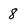
Character: 8